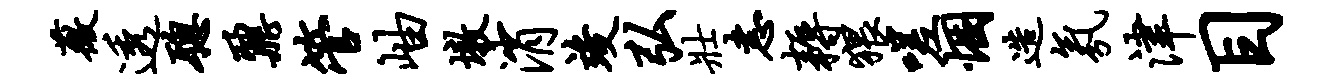
薇透聪鼐管岫墩消竣弘壮恚耨猥嗟悃造氛津目